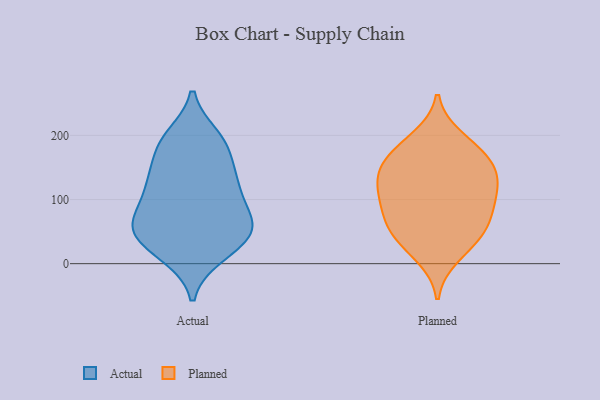
{"axis": {"x": "Inventory Turnover", "y": "Value"}, "legend": ["Actual", "Planned"], "data": [{"x": "", "y": 40, "type": "Actual"}, {"x": "", "y": 139, "type": "Actual"}, {"x": "", "y": 182, "type": "Actual"}, {"x": "", "y": 132, "type": "Actual"}, {"x": "", "y": 62, "type": "Actual"}, {"x": "", "y": 16, "type": "Actual"}, {"x": "", "y": 197, "type": "Actual"}, {"x": "", "y": 14, "type": "Actual"}, {"x": "", "y": 66, "type": "Actual"}, {"x": "", "y": 188, "type": "Actual"}, {"x": "", "y": 188, "type": "Actual"}, {"x": "", "y": 81, "type": "Actual"}, {"x": "", "y": 50, "type": "Actual"}, {"x": "", "y": 115, "type": "Actual"}, {"x": "", "y": 61, "type": "Actual"}, {"x": "", "y": 130, "type": "Actual"}, {"x": "", "y": 114, "type": "Actual"}, {"x": "", "y": 60, "type": "Actual"}, {"x": "", "y": 36, "type": "Actual"}, {"x": "", "y": 46, "type": "Planned"}, {"x": "", "y": 12, "type": "Planned"}, {"x": "", "y": 141, "type": "Planned"}, {"x": "", "y": 134, "type": "Planned"}, {"x": "", "y": 165, "type": "Planned"}, {"x": "", "y": 59, "type": "Planned"}, {"x": "", "y": 105, "type": "Planned"}, {"x": "", "y": 163, "type": "Planned"}, {"x": "", "y": 135, "type": "Planned"}, {"x": "", "y": 61, "type": "Planned"}, {"x": "", "y": 115, "type": "Planned"}, {"x": "", "y": 180, "type": "Planned"}, {"x": "", "y": 196, "type": "Planned"}, {"x": "", "y": 93, "type": "Planned"}, {"x": "", "y": 85, "type": "Planned"}, {"x": "", "y": 35, "type": "Planned"}]}